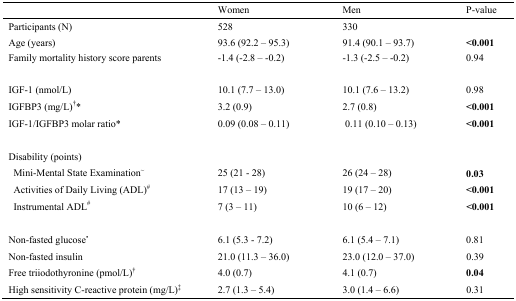
|  | Women | Men | P-value |
 | --- | --- | --- | --- |
 | Participants (N) | 528 | 330 |  |
 | Age (years) | 93.6 (92.2 – 95.3) | 91.4 (90.1 – 93.7) | <0.001 |
 | Family mortality history score parents | −1.4 (−2.8 – −0.2) | −1.3 (−2.5 – −0.2) | 0.94 |
 | IGF-1 (nmol/L) | 10.1 (7.7 – 13.0) | 10.1 (7.6 – 13.2) | 0.98 |
 | IGFBP3 (mg/L)†* | 3.2 (0.9) | 2.7 (0.8) | <0.001 |
 | IGF-1/IGFBP3 molar ratio* | 0.09 (0.08 – 0.11) | 0.11 (0.10 – 0.13) | <0.001 |
 | <COLSPAN=4> Disability (points) |
 | Mini-Mental State Examination∼ | 25 (21 - 28) | 26 (24 – 28) | 0.03 |
 | Activities of Daily Living (ADL)# | 17 (13 – 19) | 19 (17 – 20) | <0.001 |
 | Instrumental ADL# | 7 (3 – 11) | 10 (6 – 12) | <0.001 |
 | Non-fasted glucose• | 6.1 (5.3 - 7.2) | 6.1 (5.4 – 7.1) | 0.81 |
 | Non-fasted insulin | 21.0 (11.3 – 36.0) | 23.0 (12.0 – 37.0) | 0.39 |
 | Free triiodothyronine (pmol/L)† | 4.0 (0.7) | 4.1 (0.7) | 0.04 |
 | High sensitivity C-reactive protein (mg/L)‡ | 2.7 (1.3 – 5.4) | 3.0 (1.4 – 6.6) | 0.31 |